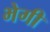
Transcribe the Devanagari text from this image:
भेगी